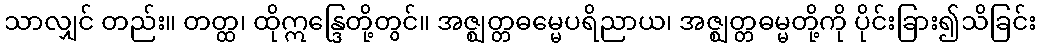
သာလျှင် တည်း။ တတ္ထ၊ ထိုဣန္ဒြေတို့တွင်။ အဇ္ဈတ္တဓမ္မေပရိညာယ၊ အဇ္ဈတ္တဓမ္မတို့ကို ပိုင်းခြား၍သိခြင်း